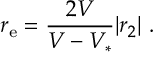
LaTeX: r _ { \mathrm { e } } = { \frac { 2 V } { { V } - V _ { * } } } | r _ { 2 } | \ .